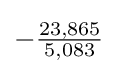
-{\tfrac {23,865}{5,083}}